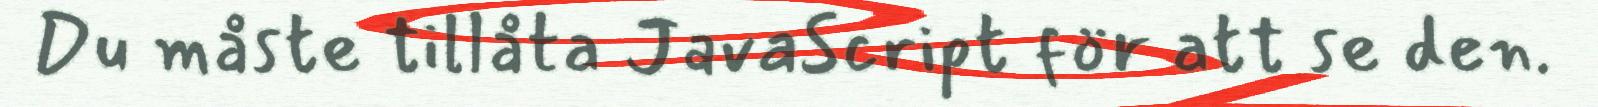
Du måste tillåta JavaScript för att se den.